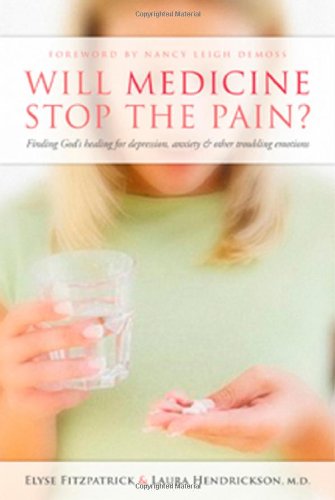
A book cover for Will Medicine Stop the Pain?: Finding God's Healing for Depression, Anxiety, and Other Troubling Emotions; Elyse M Fitzpatrick; Religion & Spirituality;